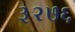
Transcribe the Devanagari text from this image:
३२७६